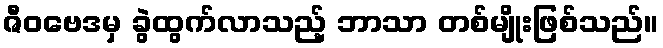
ဇီဝဗေဒမှ ခွဲထွက်လာသည့် ဘာသာ တစ်မျိုးဖြစ်သည်။